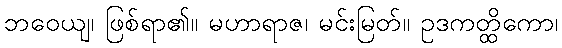
ဘဝေယျ၊ ဖြစ်ရာ၏။ မဟာရာဇ၊ မင်းမြတ်။ ဥဒကတ္ထိကော၊